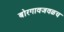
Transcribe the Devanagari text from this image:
बोरगावजवळच